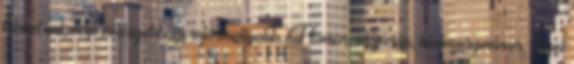
többet ad, naprakészebb és informatívabb. Humor, időjárás, kívánságműsor, zenei